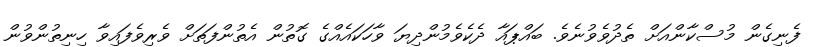
ފެނިގެން މުސްކާންއަށް ތެދުވެވުނެވެ. ބައްޕައާ ދެކެވެމުންދިޔަ ވާހަކައެއްގެ ގޮތުން އެތުންފަތަށް ވެރިވެފައިވާ ހިނިތުންވުން